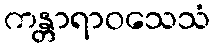
ကန္တာရာဝသေသံ